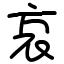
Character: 哀